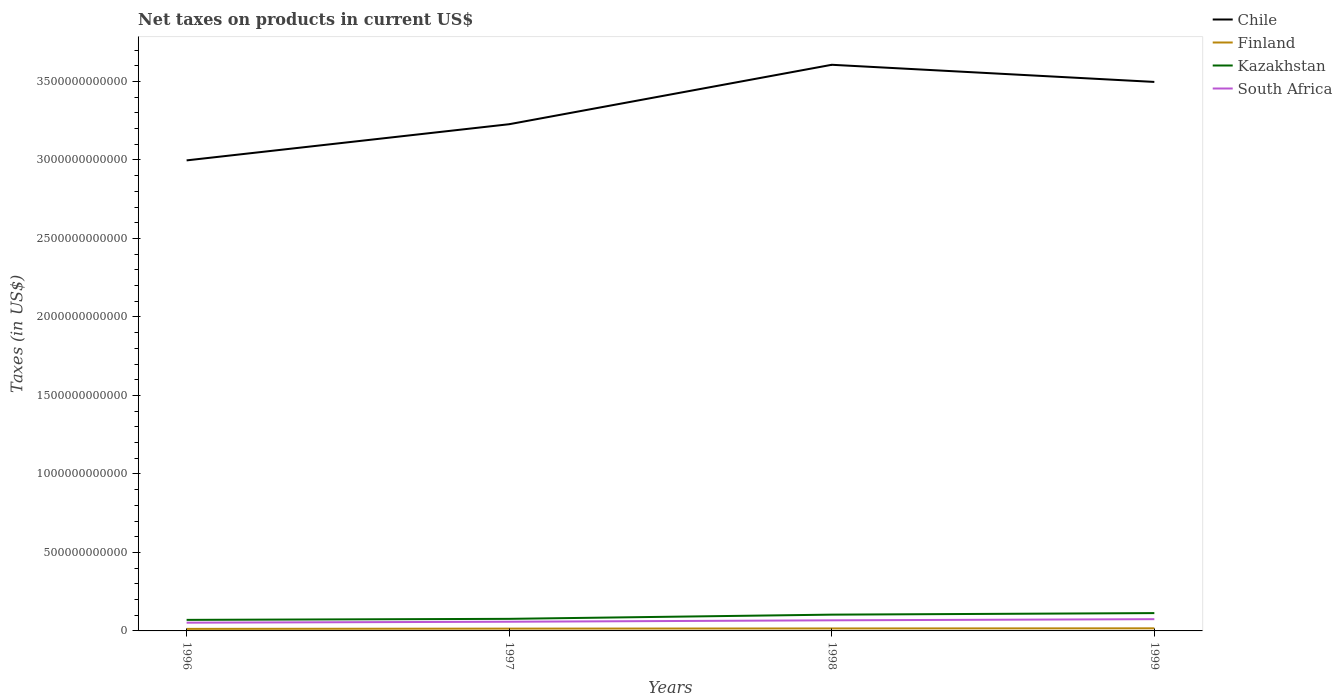
| Years | Chile | Finland | Kazakhstan | South Africa |
 | --- | --- | --- | --- | --- |
 | 1996 | 3e+12 | 1.29e+10 | 7.04e+10 | 5.25e+10 |
 | 1997 | 3.23e+12 | 1.47e+10 | 7.69e+10 | 5.86e+10 |
 | 1998 | 3.61e+12 | 1.57e+10 | 1.04e+11 | 6.75e+10 |
 | 1999 | 3.5e+12 | 1.65e+10 | 1.14e+11 | 7.48e+10 |